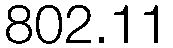
802.11